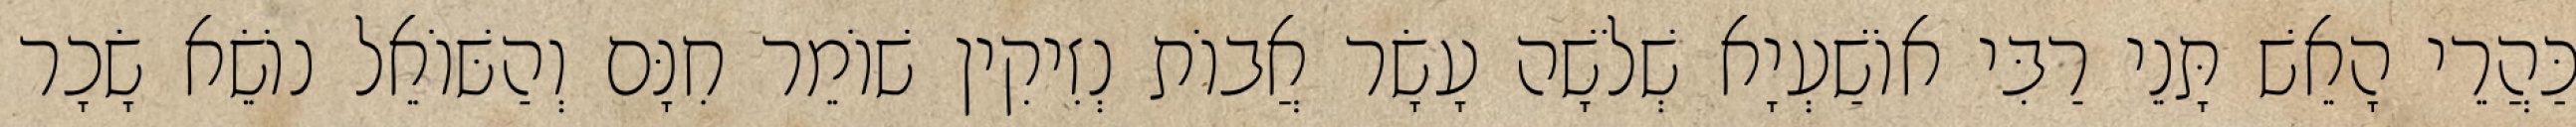
כַּהֲרֵי הָאֵשׁ תָּנֵי רַבִּי אוֹשַׁעְיָא שְׁלֹשָׁה עָשָׂר אֲבוֹת נְזִיקִין שׁוֹמֵר חִנָּם וְהַשּׁוֹאֵל נוֹשֵׂא שָׂכָר